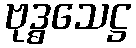
ဗုဒ္ဓသေဋ္ဌ